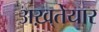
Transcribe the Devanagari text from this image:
अख़्तेयार